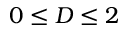
0 \le D \le 2